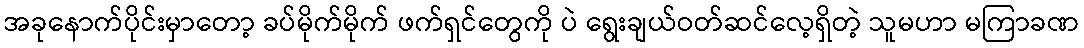
အခုနောက်ပိုင်းမှာတော့ ခပ်မိုက်မိုက် ဖက်ရှင်တွေကို ပဲ ရွေးချယ်ဝတ်ဆင်လေ့ရှိတဲ့ သူမဟာ မကြာခဏ